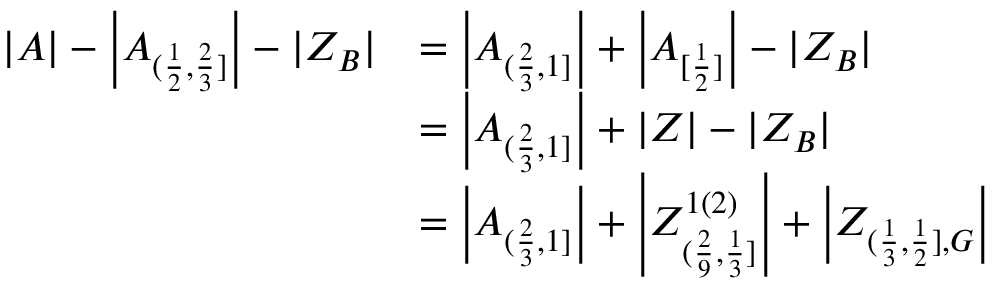
\begin{array} { r l } { | A | - \left| A _ { ( \frac { 1 } { 2 } , \frac { 2 } { 3 } ] } \right| - | Z _ { B } | } & { = \left| A _ { ( \frac { 2 } { 3 } , 1 ] } \right| + \left| A _ { [ \frac { 1 } { 2 } ] } \right| - | Z _ { B } | } \\ & { = \left| A _ { ( \frac { 2 } { 3 } , 1 ] } \right| + | Z | - | Z _ { B } | } \\ & { = \left| A _ { ( \frac { 2 } { 3 } , 1 ] } \right| + \left| Z _ { ( \frac { 2 } { 9 } , \frac { 1 } { 3 } ] } ^ { 1 ( 2 ) } \right| + \left| Z _ { ( \frac { 1 } { 3 } , \frac { 1 } { 2 } ] , G } \right| } \end{array}